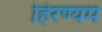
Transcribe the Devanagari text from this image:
हिरण्यम